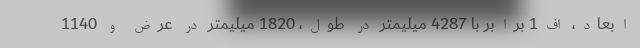
ابعاد، اف1 برابر با 4287 میلیمتر در طول، 1820 میلیمتر در عرض و 1140